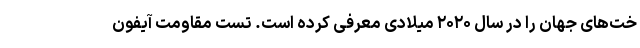
خت‌های جهان را در سال ۲۰۲۰ میلادی معرفی کرده است. تست مقاومت آیفون